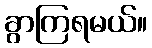
ခွာကြရမယ်။